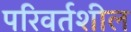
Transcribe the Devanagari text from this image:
परिवर्तशील